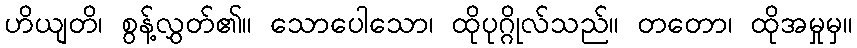
ဟိယျတိ၊ စွန့်လွှတ်၏။ သောပေါသော၊ ထိုပုဂ္ဂိုလ်သည်။ တတော၊ ထိုအမှုမှ။